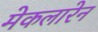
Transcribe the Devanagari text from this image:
मेकलारेन